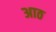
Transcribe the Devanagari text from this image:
अाठ